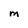
Character: M